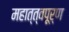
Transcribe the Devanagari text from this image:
महात्त्वपूर्ण